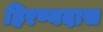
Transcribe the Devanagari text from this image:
हिरण्यदास